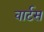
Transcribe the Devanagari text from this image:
वार्टस